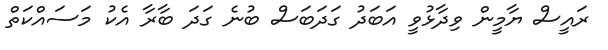
ރައީސް ޔާމީން ވިދާޅުވީ އަބަދު ގަދަބަސް ބުނެ ގަދަ ބާރާ އެކު މަސައްކަތް